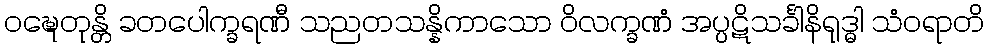
ဝဍ္ဎေတုန္တိ ခတပေါက္ခရဏီ သညတသန္နိကာသော ဝိလက္ခဏံ အပ္ပဋိသင်္ခါနိရုဒ္ဓါ သံဝရာတိ